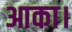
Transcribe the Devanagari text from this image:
आका।